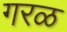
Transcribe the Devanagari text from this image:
गरळ